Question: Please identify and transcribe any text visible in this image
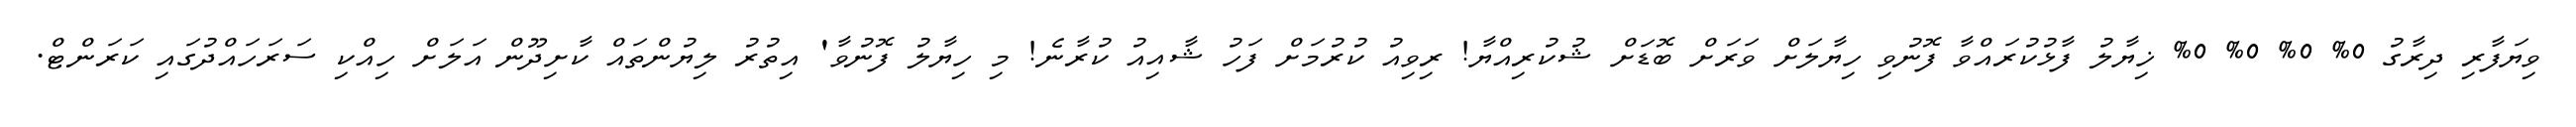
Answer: ވިޔަފާރި ދިރާގު 0% 0% 0% 0% ޚިޔާލު ފާޅުކުރައްވާ ފޮނުވި ހިޔާލަށް ވަރަށް ބޮޑަށް ޝުކުރިއްޔާ! ރިވިއު ކުރުމަށް ފަހު ޝާއިއު ކުރާނެ! މި ހިޔާލު ފޮނުވާ' އިތުރު ލިޔުންތައް ކާށިދޫން އަލަށް ހިއްކި ސަރަހައްދުގައި ކަރަންޓް.